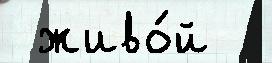
 живо́й